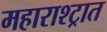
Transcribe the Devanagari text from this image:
महाराश्ट्रात